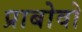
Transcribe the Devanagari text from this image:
प्राबोवो